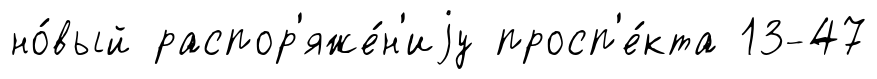
но́вый распор'яже́н'иjу просп'е́кта 13-47